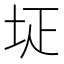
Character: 𡊕